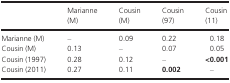
<table><thead><tr><td></td><td><b>Marianne (M)</b></td><td><b>Cousin (M)</b></td><td><b>Cousin (97)</b></td><td><b>Cousin (11)</b></td></tr></thead><tbody><tr><td>Marianne (M)</td><td>–</td><td>0.09</td><td>0.22</td><td>0.18</td></tr><tr><td>Cousin (M)</td><td>0.13</td><td>–</td><td>0.07</td><td>0.05</td></tr><tr><td>Cousin (1997)</td><td>0.28</td><td>0.12</td><td>–</td><td><b>&lt;0.001</b></td></tr><tr><td>Cousin (2011)</td><td>0.27</td><td>0.11</td><td><b>0.002</b></td><td>–</td></tr></tbody></table>